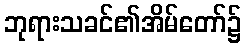
ဘုရားသခင်၏အိမ်တော်၌